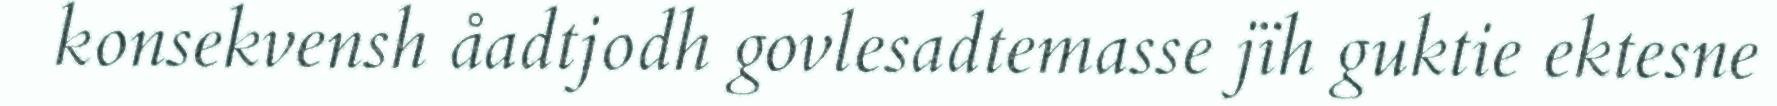
konsekvensh åadtjodh govlesadtemasse jïh guktie ektesne